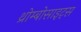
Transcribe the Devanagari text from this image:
थ्रोम्बोसाइट्स